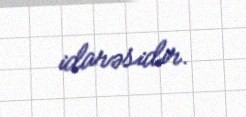
idarəsidir.